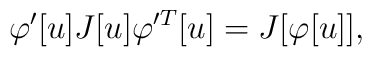
\varphi'[u] J[u] \varphi'^T[u] = J[\varphi[u]],